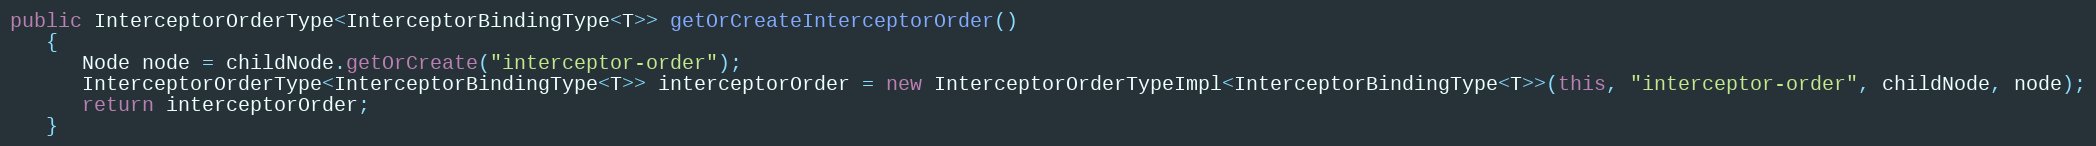
Language: Java
public InterceptorOrderType<InterceptorBindingType<T>> getOrCreateInterceptorOrder()
   {
      Node node = childNode.getOrCreate("interceptor-order");
      InterceptorOrderType<InterceptorBindingType<T>> interceptorOrder = new InterceptorOrderTypeImpl<InterceptorBindingType<T>>(this, "interceptor-order", childNode, node);
      return interceptorOrder;
   }